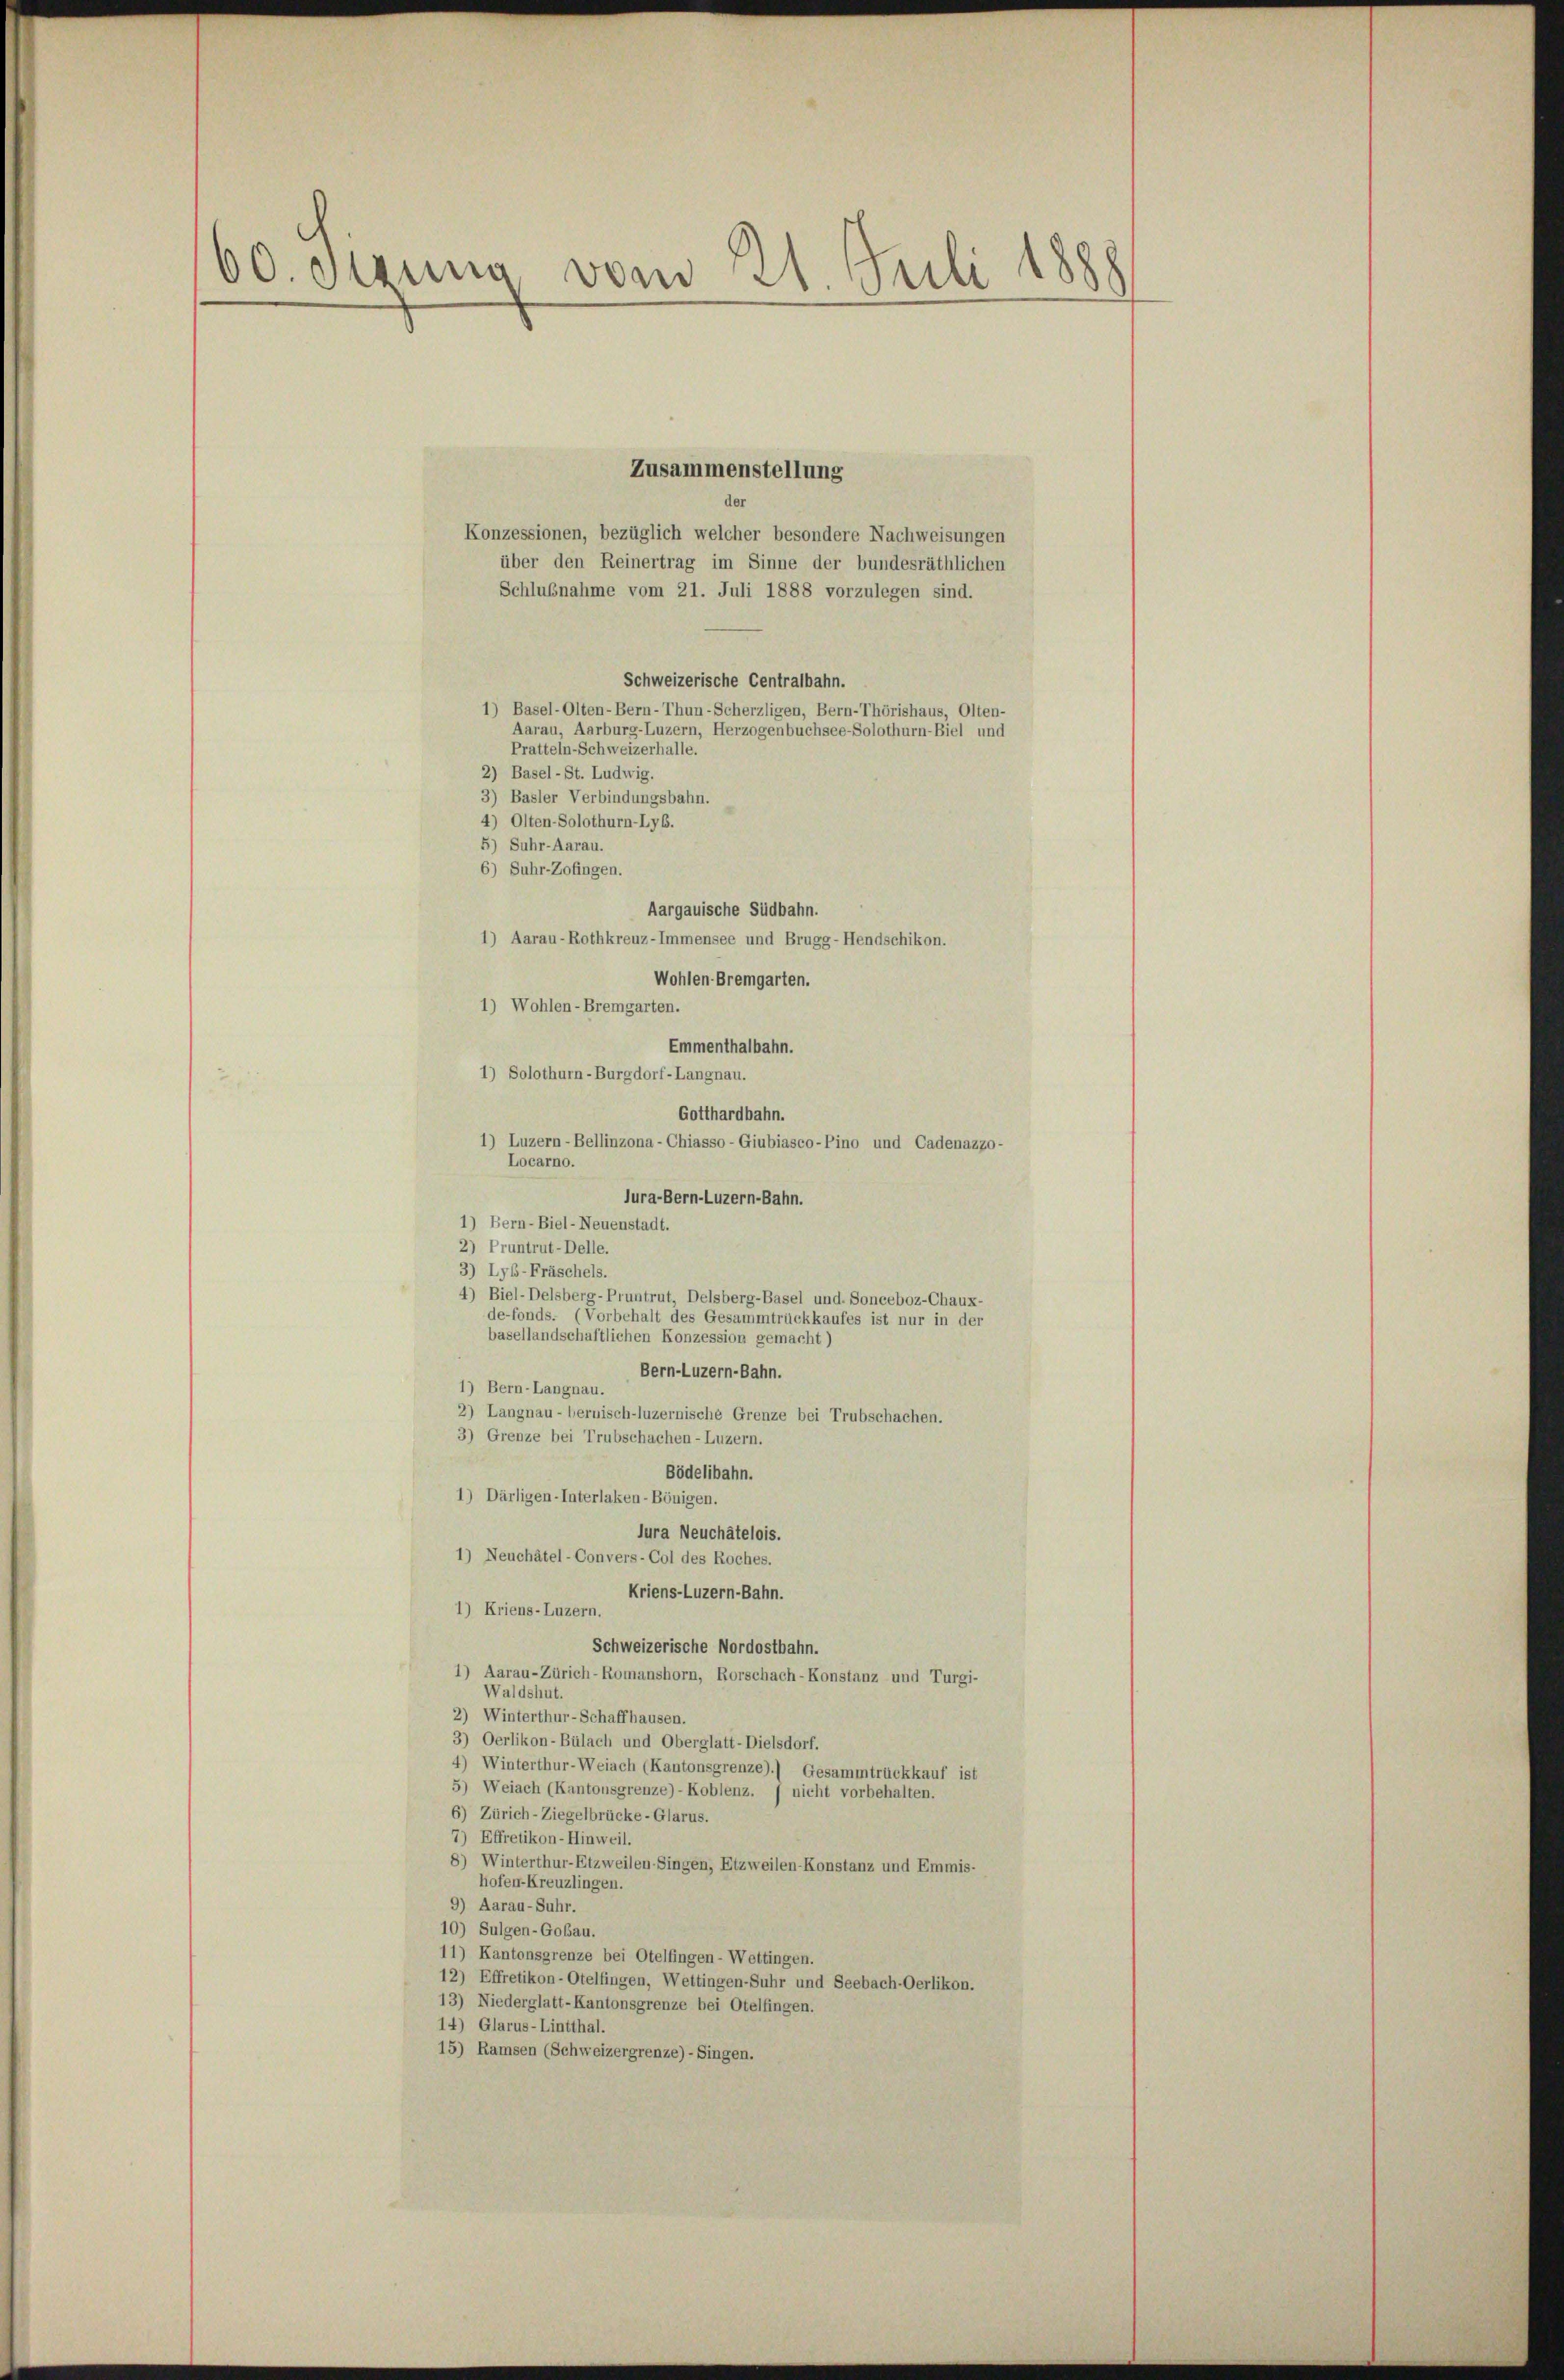
60. Sirung vom 21. Juli 1888

Zusammenstellung
Konzessionen, bezüglich welcher besondere Nachweisungen
über den Reinertrag im Sinne der bundesräthlichen
Schlußnahme vom 21. Juli 1888 vorzulegen sind.
Schweizerische Centralbahn.
1) Basel-Olten-Bern-Thun-Scherzligen, Bern-Thörishaus, Olten-
Aarau, Aarburg-Luzern, Herzogenbuchsee-Solothurn-Biel und
Pratteln-Schweizerhalle.
2) Basel-St. Ludwig.
3) Basler Verbindungsbahn.
4) Olten-Solothurn-Lyb.
5) Suhr-Aarau.
6) Suhr-Zofingen.
Aargauische Südbahn.
1) Aarau-Rothkreuz-Immensee und Brugg-Hendschikon.
Wohlen Bremgarten.
1) Wohlen-Bremgarten.
Emmenthalbahn.
1) Solothurn-Burgdorf-Langnau.
Gotthardbahn.
1) Luzern-Bellinzona-Chiasso-Giubiasco-Pino und Cadenazzo-
lura-Bern-Luzern-Bahn.
2) Pruntrut-Delle.
3) Lyb-Fräschels.
4) Biel-Delsberg-Pruntrut, Delsberg-Basel und. Sonceboz-Chaux-
de-fonds. (Vorbehalt des Gesammtrückkaufes ist nur in der
basellandschaftlichen Konzession gemacht)
Bern-Luzern-Bahn.
1) Bern-Langnau.
2) Langnau - bernisch-luzernische Grenze bei Trubschachen.
3) Grenze bei Trubschachen-Luzern.
Bödelibahn.
1) Därligen-Interlaken-Bönigen.
lura Neuchâtelois.
1) Neuchâtel-Convers-Col des Roches.
Kriens-Luzern-Bahn.
1) Kriens-Luzern.
Schweizerische Nordostbahn.
1) Aarau-Zürich-Romanshorn, Rorschach-Konstanz und Turgi-
Waldshut.
2) Winterthur-Schaffhausen.
3) Oerlikon-Bülach und Oberglatt-Dielsdorf.
4) Winterthur-Weiach (Kantonsgrenze).) Gesammtrückkauf ist
5) Weiach (Kantonsgrenze)- Koblenz. / nicht vorbehalten.
6) Zürich-Ziegelbrücke-Glarus.
7) Effretikon-Hinweil.
8) Winterthur-Etzweilen Singen, Etzweilen-Konstanz und Emmis-
hofen-Kreuzlingen.
9) Aarau-Suhr.
10) Sulgen-Goßau.
11) Kantonsgrenze bei Otelfingen - Wettingen.
12) Effretikon-Otelfingen, Wettingen-Suhr und Seebach-Oerlikon.
13) Niederglatt-Kantonsgrenze bei Otelfingen.
14) Glarus-Lintthal.
15) Ramsen (Schweizergrenze)- Singen.

Locarno.
1) Bern-Biel-Neuenstadt.